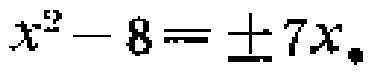
$x^{2}-8=\pm 7x$